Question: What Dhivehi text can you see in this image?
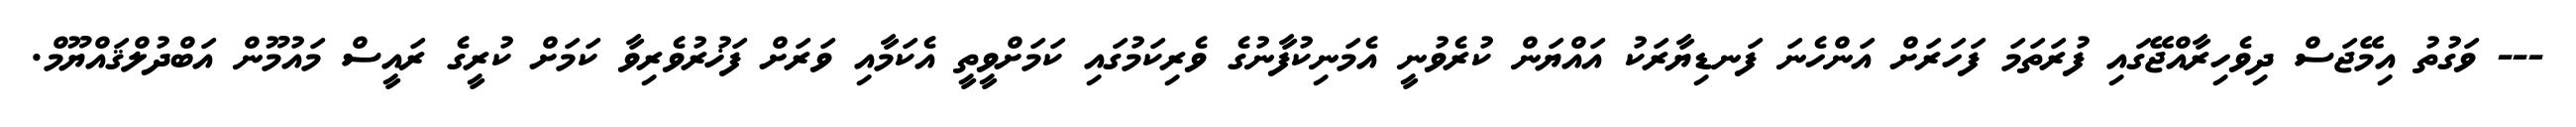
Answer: --- ވަގުތު އިމޭޖަސް ދިވެހިރާއްޖޭގައި ފުރަތަމަ ފަހަރަށް އަންހެނަ ފަނޑިޔާރަކު އައްޔަން ކުރެވުނީ އެމަނިކުފާނުގެ ވެރިކަމުގައި ކަމަށްވީތީ އެކަމާއި ވަރަށް ފަޚުރުވެރިވާ ކަމަށް ކުރީގެ ރައީސް މައުމޫން އަބްދުލްޤައްޔޫމް.